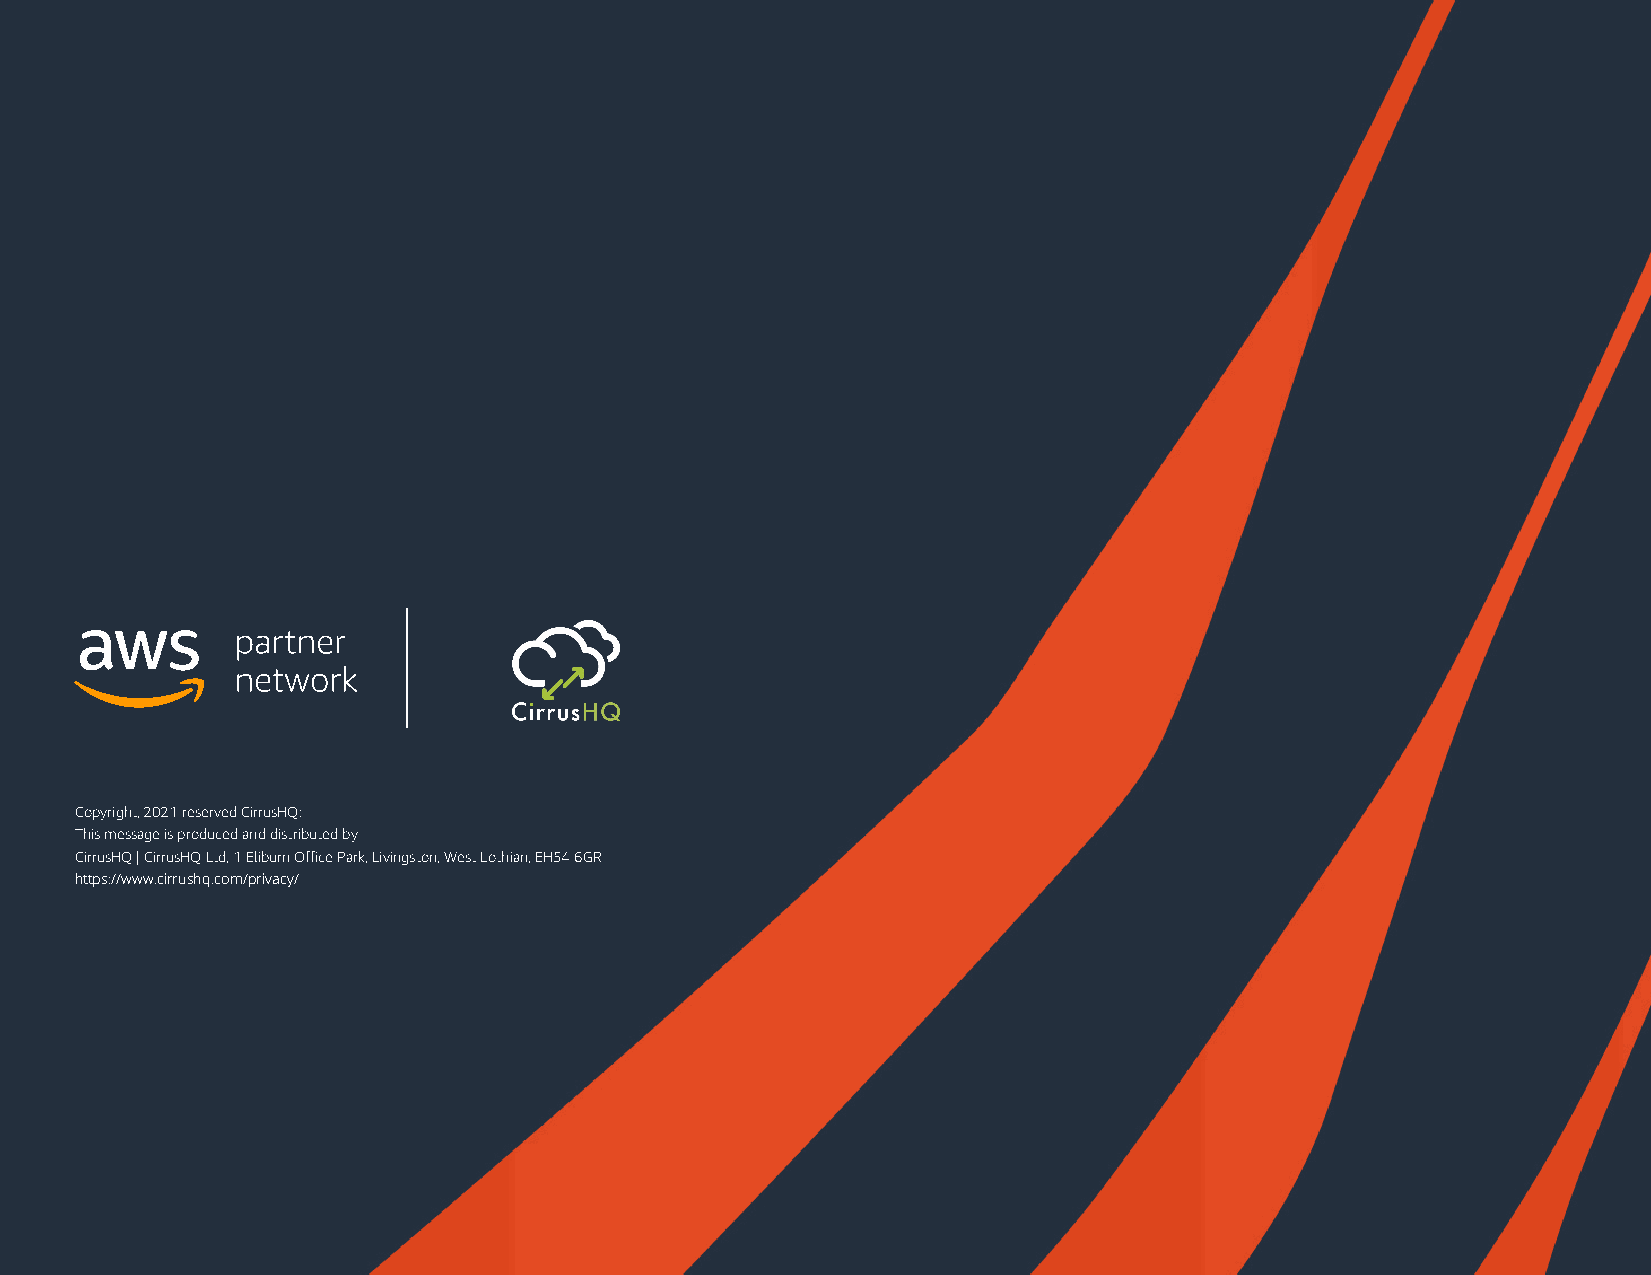
Copyright, 2021 reserved CirrusHQ:
 This message is produced and distributed by
 CirrusHQ | CirrusHQ Ltd, 1 Eliburn Office Park, Livingston, West Lothian, EH54 6GR
 https://www.cirrushq.com/privacy/